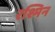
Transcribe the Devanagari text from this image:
रश्मिन